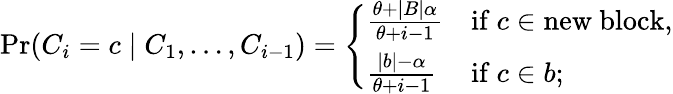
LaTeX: \operatorname*{Pr}(C_{i}=c\mid C_{1},\ldots,C_{i-1})={\left\{ \begin{array}{ll}{{\frac{\theta+|B|\alpha}{\theta+i-1}}}&{{\mathrm{if~}}c\in{\mathrm{new~block}},}\\ {{\frac{|b|-\alpha}{\theta+i-1}}}&{{\mathrm{if~}}c\in b;}\end{array}\right.}